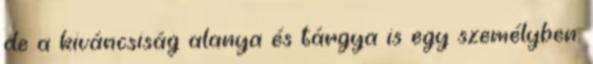
de a kiváncsiság alanya és tárgya is egy személyben.